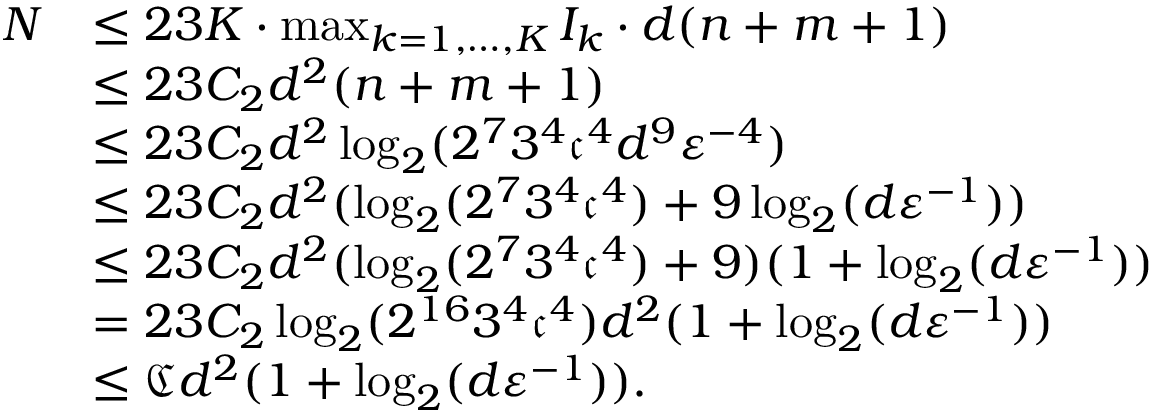
\begin{array} { r l } { N } & { \leq 2 3 K \cdot \operatorname* { m a x } _ { k = 1 , \ldots , K } I _ { k } \cdot d ( n + m + 1 ) } \\ & { \leq 2 3 C _ { 2 } d ^ { 2 } ( n + m + 1 ) } \\ & { \leq 2 3 C _ { 2 } d ^ { 2 } \log _ { 2 } ( 2 ^ { 7 } 3 ^ { 4 } \mathfrak { c } ^ { 4 } d ^ { 9 } { \varepsilon } ^ { - 4 } ) } \\ & { \leq 2 3 C _ { 2 } d ^ { 2 } ( \log _ { 2 } ( 2 ^ { 7 } 3 ^ { 4 } \mathfrak { c } ^ { 4 } ) + 9 \log _ { 2 } ( d { \varepsilon } ^ { - 1 } ) ) } \\ & { \leq 2 3 C _ { 2 } d ^ { 2 } ( \log _ { 2 } ( 2 ^ { 7 } 3 ^ { 4 } \mathfrak { c } ^ { 4 } ) + 9 ) ( 1 + \log _ { 2 } ( d { \varepsilon } ^ { - 1 } ) ) } \\ & { = 2 3 C _ { 2 } \log _ { 2 } ( 2 ^ { 1 6 } 3 ^ { 4 } \mathfrak { c } ^ { 4 } ) d ^ { 2 } ( 1 + \log _ { 2 } ( d { \varepsilon } ^ { - 1 } ) ) } \\ & { \leq \mathfrak { C } d ^ { 2 } ( 1 + \log _ { 2 } ( d { \varepsilon } ^ { - 1 } ) ) . } \end{array}